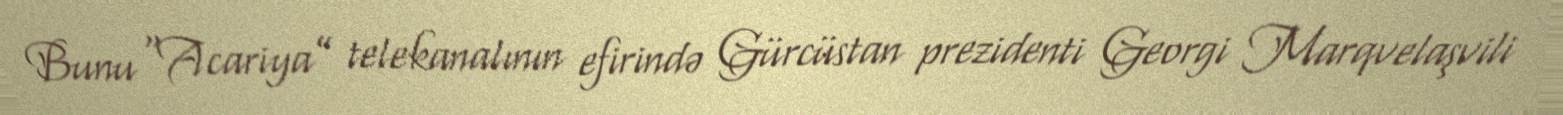
Bunu “Acariya” telekanalının efirində Gürcüstan prezidenti Georgi Marqvelaşvili